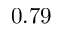
0 . 7 9